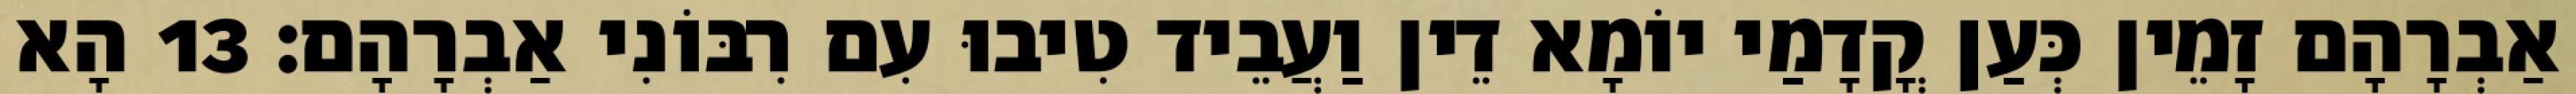
אַבְרָהָם זָמֵין כְּעַן קֳדָמַי יוֹמָא דֵין וַעֲבֵיד טִיבוּ עִם רִבּוֹנִי אַבְרָהָם׃ 13 הָא